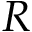
R